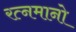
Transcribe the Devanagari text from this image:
रत्नमानो